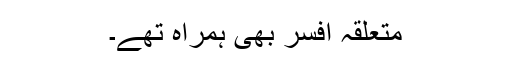
متعلقہ افسر بھی ہمراہ تھے۔